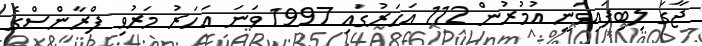
ޖާގަ ލިބިފައިވަނީ އުމުރުން 112 އަހަރުގައި 1997 ވަނަ އަހަރު މަރުވި ފްރާންސްގެ